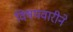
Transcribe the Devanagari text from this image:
विषयवारीने